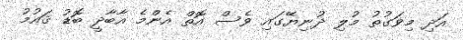
އަދި މިވަގުތު މުލި ދުނިޔޭގައި ވެސް އޮތް އެންމެ އާބާދީ ބޮޑު ޤައުމު